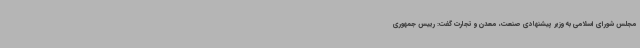
مجلس شورای اسلامی به وزیر پیشنهادی صنعت، معدن و تجارت گفت: رییس جمهوری